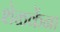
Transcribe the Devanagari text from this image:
शेळकेंना